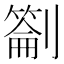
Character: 𭄕